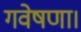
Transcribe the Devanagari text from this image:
गवेषणा।